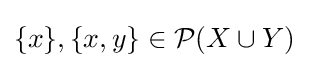
\{x\},\{x,y\}\in {\mathcal {P}}(X\cup Y)